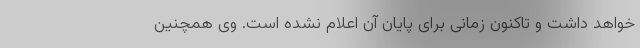
خواهد داشت و تاکنون زمانی برای پایان آن اعلام نشده است. وی همچنین